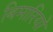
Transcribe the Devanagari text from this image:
बिमारियो